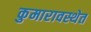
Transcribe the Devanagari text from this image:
कुमारावस्थेत